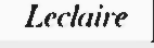
Leclaire